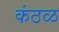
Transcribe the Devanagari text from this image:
कंठळ